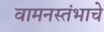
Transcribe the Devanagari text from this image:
वामनस्तंभाचे